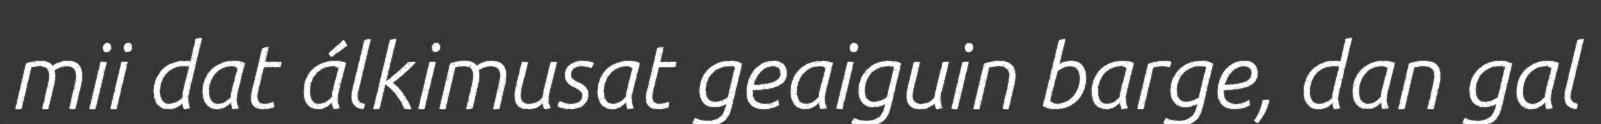
mii dat álkimusat geaiguin barge, dan gal